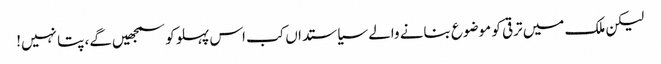
لیکن ملک میں ترقی کو موضوع بنانے والے سیاستداں کب اس پہلو کو سمجھیں‌گے، پتا نہیں!